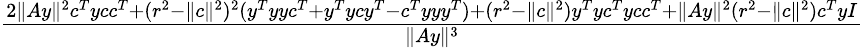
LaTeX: \begin{array}{r}{\frac{2\| Ay\| ^{2}c^{T}ycc^{T}+(r^{2}-\| c\| ^{2})^{2}(y^{T}yyc^{T}+y^{T}ycy^{T}-c^{T}yyy^{T})+(r^{2}-\| c\| ^{2})y^{T}yc^{T}ycc^{T}+\| Ay\| ^{2}(r^{2}-\| c\| ^{2})c^{T}yI}{\| Ay\| ^{3}}}\end{array}